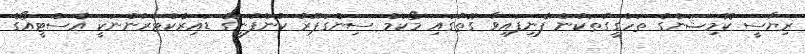
ރިޔާސީ ކޮމިޝަންގެ ތަހްގީގުތަކުން ފެނިފައިވާ ގޮތުގައި މޯކަމް ސިންގަޕޫރު ކުންފުނީގެ ޑައިރެކްޓަރުންނަކީ އެސްޓީއޯގެ